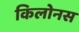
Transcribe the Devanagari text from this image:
किलोनस